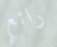
رائع